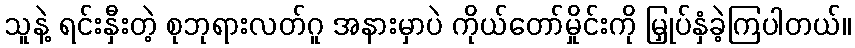
သူနဲ့ ရင်းနှီးတဲ့ စုဘုရားလတ်ဂူ အနားမှာပဲ ကိုယ်တော်မှိုင်းကို မြှုပ်နှံခဲ့ကြပါတယ်။